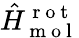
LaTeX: \hat{H}_{\mathrm{~m~o~l~}}^{\mathrm{~r~o~t~}}